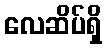
လေဆိပ်ရှိ